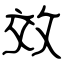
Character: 效